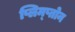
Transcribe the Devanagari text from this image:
प्लिम्प्तोन